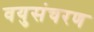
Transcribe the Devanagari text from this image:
वयुसंचरण